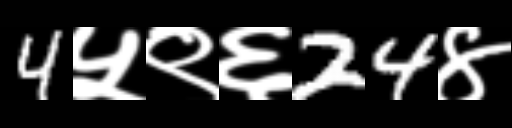
Text: 4५९६24४